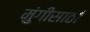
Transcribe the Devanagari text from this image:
मुंगीसाठी